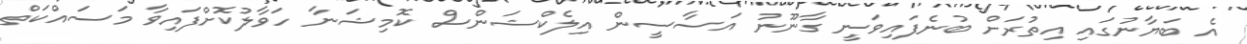
އެ ބަޔާނުގައި އިތުރަށް ބުނެފައިވަނީ ގާނޫނު އަސާސީން އިލެކްޝަންސް ކޮމިޝަނާ ހަވާލުކޮށްފައިވާ މަސައްކަތް